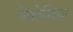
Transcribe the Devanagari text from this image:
ऐक्रोमिया